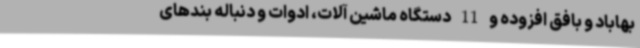
بهاباد و بافق افزوده و 11 دستگاه ماشین آلات، ادوات و دنباله بندهای